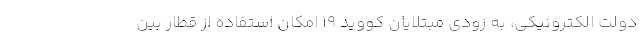
دولت الکترونیکی، به زودی مبتلایان کووید ۱۹ امکان استفاده از قطار بین